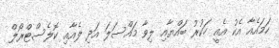
ހަމައެއާ އެކު އެއީ ހަކުރު ބައްޔާއި ލިވާ މައްސަލަ އަދި ލެއާއި ކޮލެސްޓްރޯލް